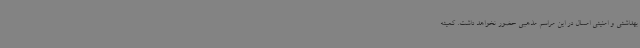
بهداشتی و امنیتی امسال در این مراسم مذهبی حضور نخواهد داشت. کمیته